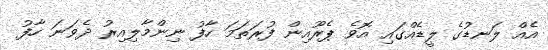
އެއް ލަނޑުގެ ލީޑެއްގައި އޮވެ ޕެރޫއިން ފުރަތަމަ ހާފު ނިންމާލިއިރު ދެވަނަ ހާފު